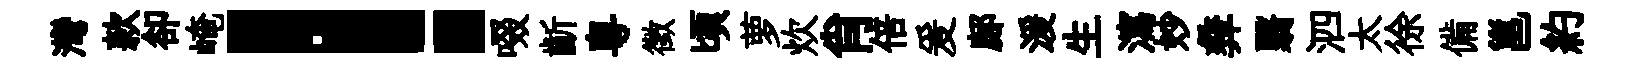
灣款卻崦！啜齗粤徵頃萝炊肖倍爰鄜湲生瀉妙彜翳泗太徐備邕約